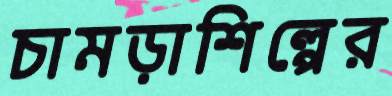
চামড়াশিল্পের